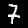
Digit: 7